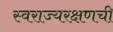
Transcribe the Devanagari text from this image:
स्वराज्यरक्षणची